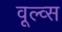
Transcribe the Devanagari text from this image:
वूल्व्स